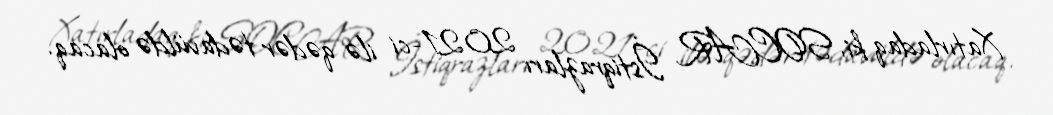
Xatırladaq ki, SOCAR İstiqrazları 2021-ci ilə qədər tədavüldə olacaq.